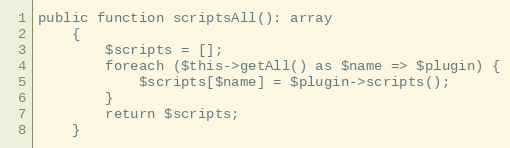
Language: PHP
public function scriptsAll(): array
    {
        $scripts = [];
        foreach ($this->getAll() as $name => $plugin) {
            $scripts[$name] = $plugin->scripts();
        }
        return $scripts;
    }